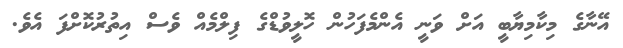
އޭނާގެ މިކާމިޔާބީ އަށް ވަނީ އެންމެފަހުން ހޮލީވުޑްގެ ފިލްމެއް ވެސް އިތުރުކޮށްފަ އެވެ.